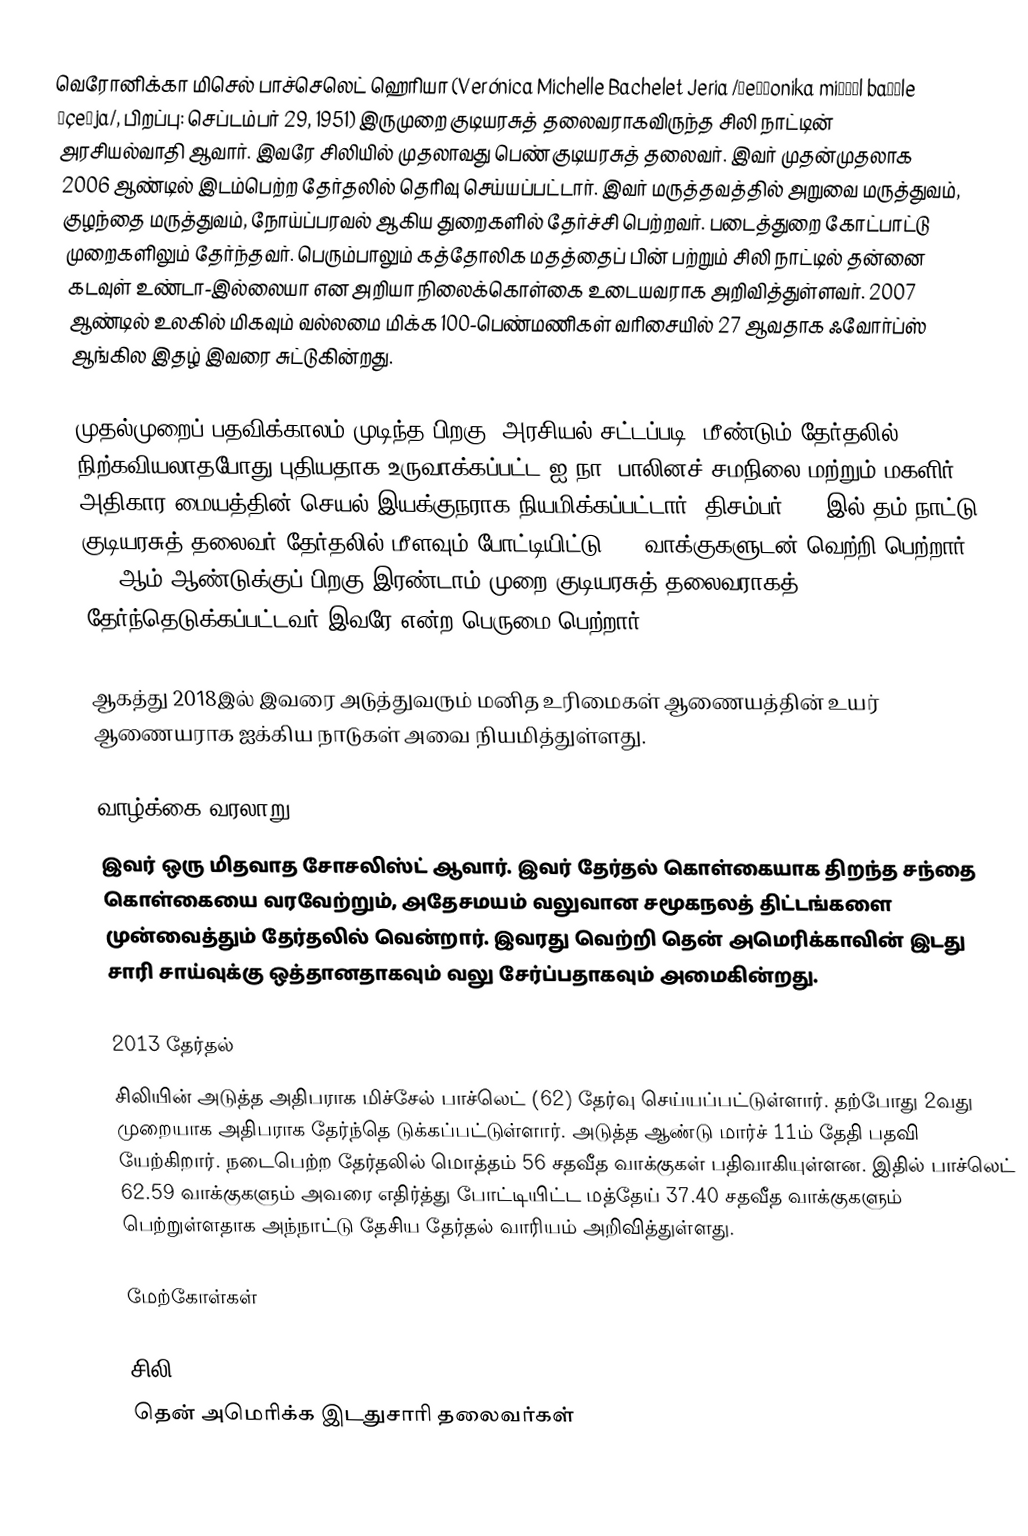
வெரோனிக்கா மிசெல் பாச்செலெட் ஹெரியா (Verónica Michelle Bachelet Jeria /βeˈɾonika miˈʃɛl baʃˈle ˈçeɾja/, பிறப்பு: செப்டம்பர் 29, 1951) இருமுறை குடியரசுத் தலைவராகவிருந்த சிலி நாட்டின்   அரசியல்வாதி ஆவார். இவரே சிலியில் முதலாவது பெண் குடியரசுத் தலைவர். இவர் முதன்முதலாக 2006 ஆண்டில் இடம்பெற்ற தேர்தலில் தெரிவு செய்யப்பட்டார். இவர் மருத்தவத்தில் அறுவை மருத்துவம், குழந்தை மருத்துவம், நோய்ப்பரவல் ஆகிய துறைகளில் தேர்ச்சி பெற்றவர். படைத்துறை கோட்பாட்டு முறைகளிலும் தேர்ந்தவர். பெரும்பாலும் கத்தோலிக மதத்தைப் பின் பற்றும் சிலி நாட்டில் தன்னை கடவுள் உண்டா-இல்லையா என அறியா நிலைக்கொள்கை உடையவராக அறிவித்துள்ளவர். 2007 ஆண்டில் உலகில் மிகவும் வல்லமை மிக்க 100-பெண்மணிகள் வரிசையில் 27 ஆவதாக ஃவோர்ப்ஸ் ஆங்கில இதழ் இவரை சுட்டுகின்றது.

முதல்முறைப் பதவிக்காலம் முடிந்த பிறகு, அரசியல் சட்டப்படி, மீண்டும் தேர்தலில் நிற்கவியலாதபோது புதியதாக உருவாக்கப்பட்ட ஐ.நா. பாலினச் சமநிலை மற்றும் மகளிர் அதிகார மையத்தின் செயல் இயக்குநராக நியமிக்கப்பட்டார். திசம்பர் 2013இல் தம் நாட்டு குடியரசுத் தலைவர் தேர்தலில் மீளவும் போட்டியிட்டு 62% வாக்குகளுடன் வெற்றி பெற்றார். 1932ஆம் ஆண்டுக்குப் பிறகு இரண்டாம் முறை குடியரசுத் தலைவராகத் தேர்ந்தெடுக்கப்பட்டவர் இவரே என்ற பெருமை பெற்றார்.

ஆகத்து 2018இல் இவரை அடுத்துவரும் மனித உரிமைகள் ஆணையத்தின் உயர் ஆணையராக  ஐக்கிய நாடுகள் அவை நியமித்துள்ளது.

வாழ்க்கை வரலாறு
இவர் ஒரு மிதவாத சோசலிஸ்ட் ஆவார். இவர் தேர்தல் கொள்கையாக திறந்த சந்தை கொள்கையை வரவேற்றும், அதேசமயம் வலுவான சமூகநலத் திட்டங்களை முன்வைத்தும் தேர்தலில் வென்றார். இவரது வெற்றி தென் அமெரிக்காவின் இடது சாரி சாய்வுக்கு ஒத்தானதாகவும் வலு சேர்ப்பதாகவும் அமைகின்றது.

2013 தேர்தல்
சிலியின் அடுத்த அதிபராக மிச்சேல் பாச்லெட் (62) தேர்வு செய்யப்பட்டுள்ளார். தற்போது 2வது முறையாக அதிபராக தேர்ந்தெ டுக்கப்பட்டுள்ளார். அடுத்த ஆண்டு மார்ச் 11ம் தேதி பதவி யேற்கிறார். நடைபெற்ற தேர்தலில் மொத்தம் 56 சதவீத வாக்குகள் பதிவாகியுள்ளன. இதில் பாச்லெட் 62.59 வாக்குகளும் அவரை எதிர்த்து போட்டியிட்ட மத்தேய் 37.40 சதவீத வாக்குகளும் பெற்றுள்ளதாக அந்நாட்டு தேசிய தேர்தல் வாரியம் அறிவித்துள்ளது.

மேற்கோள்கள்

சிலி
தென் அமெரிக்க இடதுசாரி தலைவர்கள்
1951